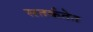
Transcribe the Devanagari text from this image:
सतर्कतेत